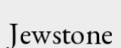
Jewstone